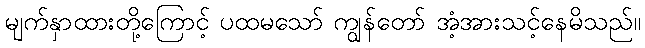
မျက်နှာထားတို့ကြောင့် ပထမသော် ကျွန်တော် အံ့အားသင့်နေမိသည်။